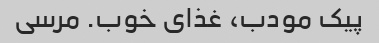
پیک مودب، غذای خوب. مرسی